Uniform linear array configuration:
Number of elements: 12
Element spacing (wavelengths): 1
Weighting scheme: uniform
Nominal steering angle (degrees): -30
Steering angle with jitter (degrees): -31.135
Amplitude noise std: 0.05
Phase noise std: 0.05

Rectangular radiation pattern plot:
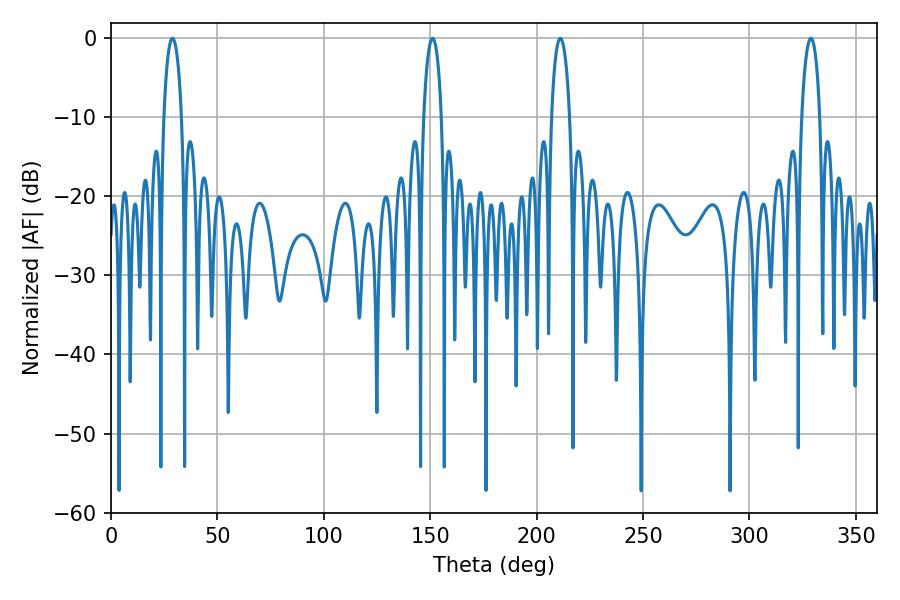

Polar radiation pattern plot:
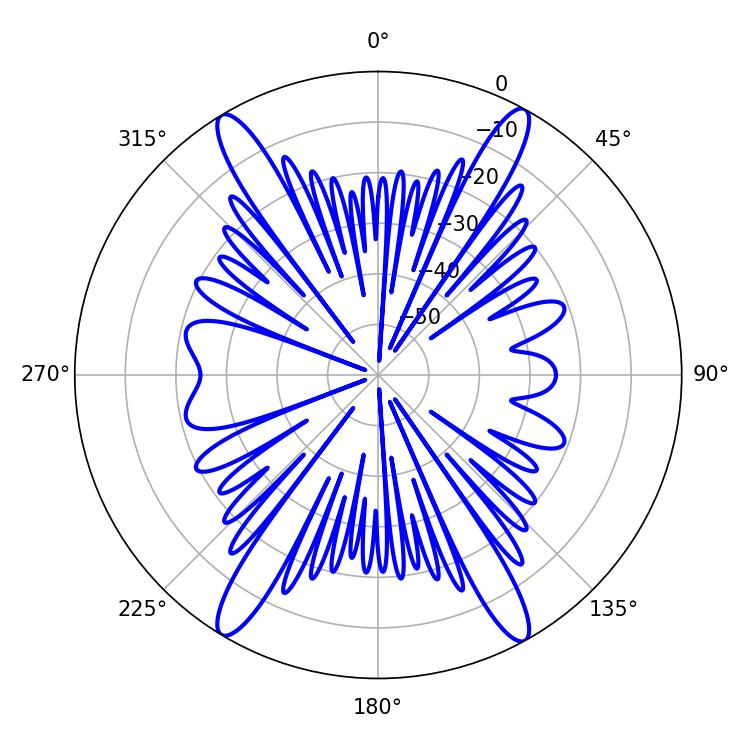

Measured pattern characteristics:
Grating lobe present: TRUE
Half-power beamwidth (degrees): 4.86
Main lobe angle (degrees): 211.14